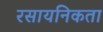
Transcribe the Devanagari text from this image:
रसायनिकता